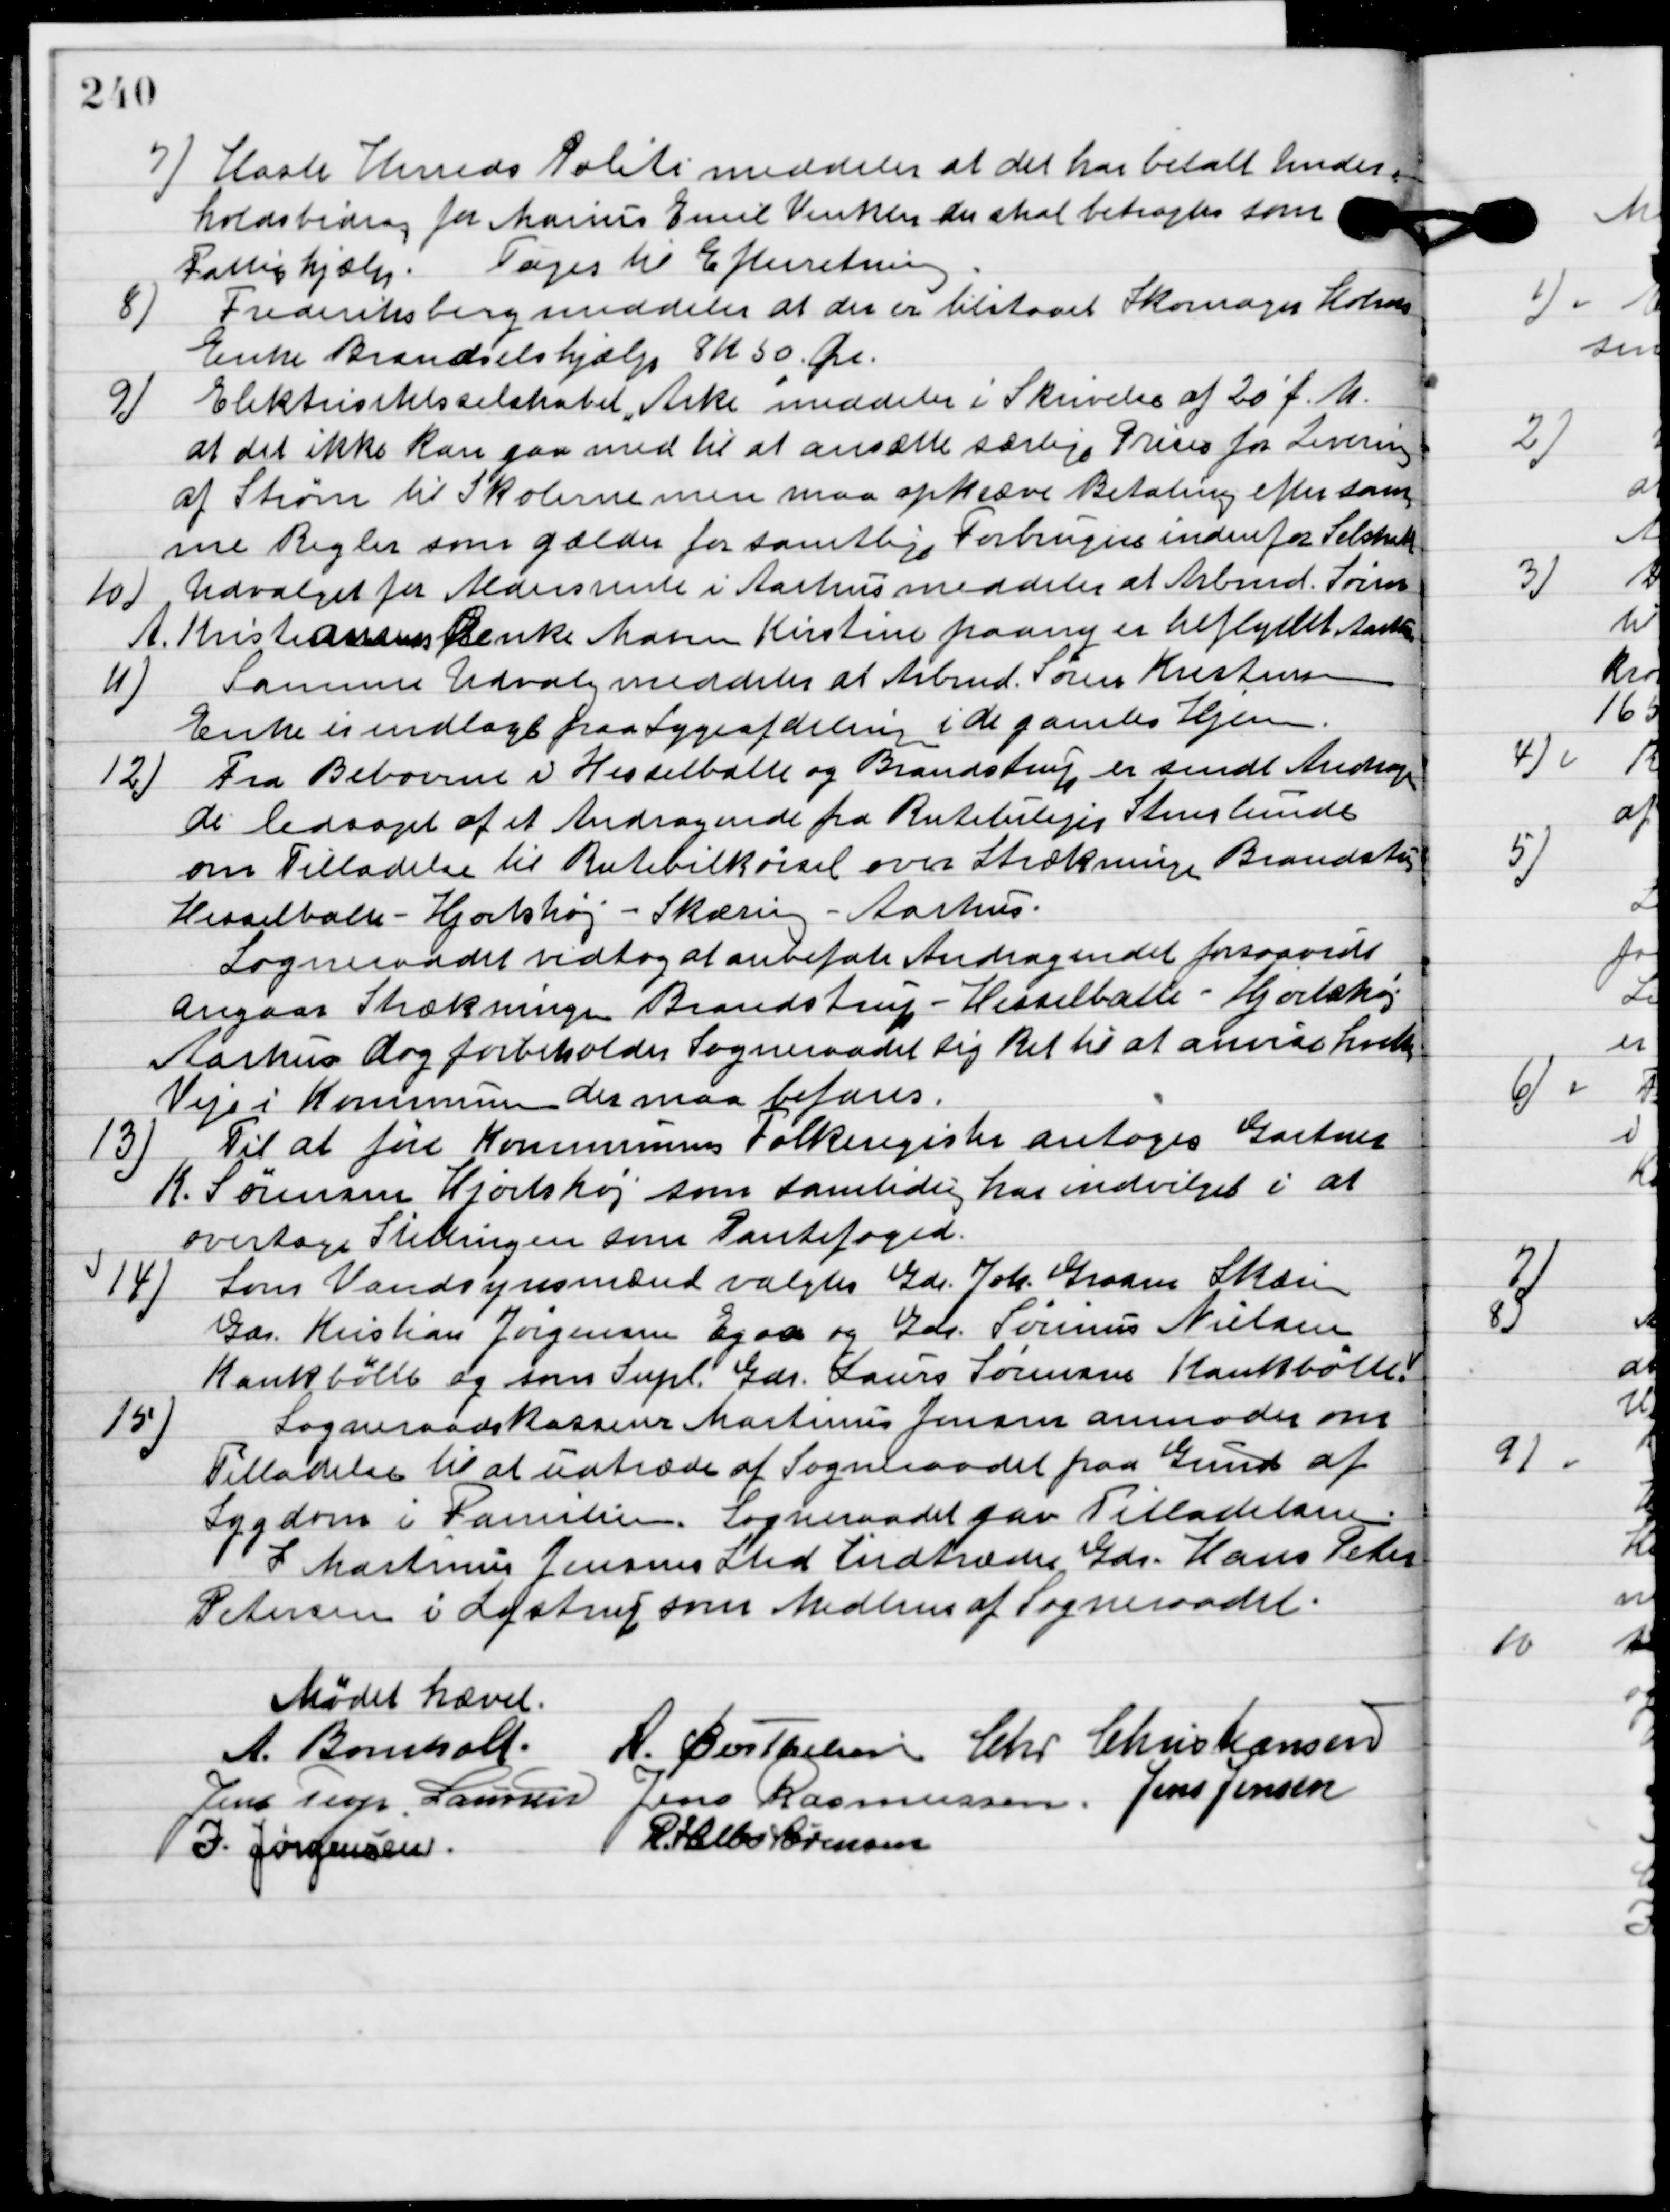
Transskription:
7

Hasle Herreds Politi meddeler at det har betalt Under-
holdsbidrag for Marius Emil Vinkler der skal betragtes som
Fattighjælp.
Toges til Efterretning.

8

Frederiksberg meddeler at der er tilstaaet Skomager Holms
Enke Brændselshjælp 8 Kr. 50 Øre.

9

Elektricitetsselskabet Arke meddeler i Skrivelse af 20´ f. M.
at det ikke kan gaa med til at ansætte særlige Priser for Levering
af Strøm til Skolerne men maa opkræve Betaling efter sam-
me regler som gælder for samtlige Forbrugere indenfor Selskabet.

10

Udvalget for Aldersrente i Aarhus meddeler at Arbmd. Søren
A. Kristiansens Enke Maren Kirstine paany er tilflyttet Aarhus.

11

Samme Udvalg meddeler at Armd. Søren Krestensens
Enke er indlagt paa Sygeafdelingen i de gamles Hjem.

12

Fra Beboerne v Hesselballe og Brandstrup er sendt Andragen-
de ledsaget af et Andragende fra rutebilejer Stenlunde
om Tilladelse til Rutebilkørsel over Strækningen Brandstrup-
 Hesselballe-Hjortshøj-Skæring-Aarhus.
Sogneraadet vedtog at anbefale Andragendet forsaavidt
angaas Strækningen Brandstrup-Hesselballe-Hjortshøj
Aarhus dog forbeholder Sogneraadet sit Ret til at anvise hvilke
Veje i Kommunen der maa befares.

13

Til at føre Kommunens Folkeregister antoges Gartner
K. Sørensen Hjortshøj som samtlige har indvilget i at
overtage Stillingen som Pantefoged.

14

Som Vandsynsmænd valgtes Gdr. Joh. Grosen Skjæring, 
Gdr. Kristian Jørgensen Egaa, og Gdr. Sørensen Nielsen 
Krankbølle og som Supl. Gdr. Laurs Sørensen Krankbølle!

15

Sogneraadskassere Martinus Jensen anmoder om
Tilladelse til at udtræde af Sogneraadet paa Grund af
Sygdom i familien. Sogneradet gav Tilladelsen.
I Martinus Jensen Sted tiltræder Gdr. Hans Peter
Petersen i Lystrup som Medlem af Sogneraadet.

Mødet hævet.

A. Bomholt
A. Berthelsen
Chr. Christiansen
Jens Terp Laursen
Jens Rasmussen
Jens Jensen
I. Jørgensen
R. Helbo Sørensen